Vaccination in Bombay 1889-1901 - 1889-1901
Year: 1889
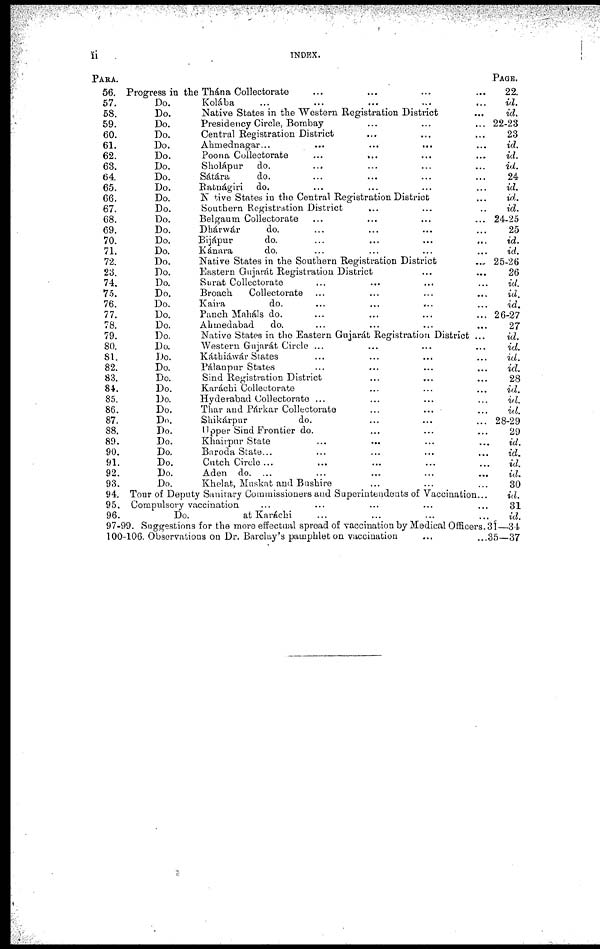
ii
INDEX.
PARA.
56.
57.
58.
59.
60.
61.
62.
63.
64.
65.
66.
67.
68.
69.
70.
71.
72.
23.
74.
75.
76.
77.
78.
79.
80.
81.
82.
83.
84.
85.
86.
87.
88.
89.
90.
91.
92.
93.
94.
95.
96.
97-99.
100-106.
Progress in the Thána Collectorate ... ... ... ...
Do.
Kolába ... ... ... ... ...
Do.
Native States in the Western Registration District ...
Do.
Presidency Circle, Bombay ... ... ...
Do.
Central Registration District ... ... ...
Do.
Ahmednagar... ... ... ...
Do.
Poona Collectorate
...
... ... ... ...
Do.
Sholápur
do. ... ... ... ...
Do.
Sátára
do. ... ... ... ...
Do.
Ratnágiri do. ... ... ... ...
Do.
Native States in the Central Registration District ...
Do.
Southern Registration District ... ... ... ...
Do.
Belgaum Collectorate ... ... ... ... ...
Do.
Dhárwár
do. ... ... ... ... ...
Do.
Bijápur
do. ... ... ... ... ...
Do.
Kánara
do. ... ... ... ... ...
Do.
Native States in the Southern Registration District ...
Do.
Eastern Gujarát Registration District ... ... ... ...
Do.
Surat Collectorate ... ... ... ... ...
Do.
Broach
Collectorate ... ... ... ... ...
Do.
Kaira
do. ... ... ... ... ...
Do.
Panch Maháls do. ... ... ... ... ...
Do.
Ahmedabad
do. ... ... ... ... ...
Do.
Native States in the Eastern Gujarát Registration District ...
Do.
Western Gujarat Circle ... ... ... ... ...
Do.
Káthiáwár States ... ... ... ... ...
Do.
Pálanpur States ... ... ... ... ...
Do.
Sind Registration District ... ... ... ...
Do.
Karáchi Collectorate ... ... ...
Do.
Hyderabad Collectorata ... ... ... ...
Do.
Thar and Párkar Collectorate
...
... ... ...
Do.
Shikárpur
do. ... ... ...
Do.
Upper Sind Frontier do. ... ... ...
Do.
Khairpur State ... ... ... ...
Do.
Baroda State... ... ... ... ...
Do.
Cutch Circle ... ... ... ... ...
Do.
Aden do. ... ... ... ... ...
Do.
Khelat, Muskat and Bushire ... ... ... ...
Tour of Deputy Sanitary Commissioners and Superintendents of Vaccination...
Compulsory vaccination ... ... ... ...
Do.
at Karáchi ... ... ... ...
Suggestions for the more effectual spread of vaccination by Medical Officers.
Observations on Dr. Barclay's pamphlet on vaccination ... ...
PAGE.
22.
id.
id.
22-23
23
id.
id.
id.
24
id.
id.
id.
24-25
25
id.
id.
25-26
26
id.
id.
id.
26-27
27
id.
id.
id.
id.
28
id.
id.
id.
28-29
29
id.
id.
id.
id.
30
id.
31
id.
31—34
35—37